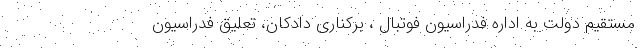
مستقیم دولت به اداره فدراسیون فوتبال ، برکناری دادکان، تعلیق فدراسیون